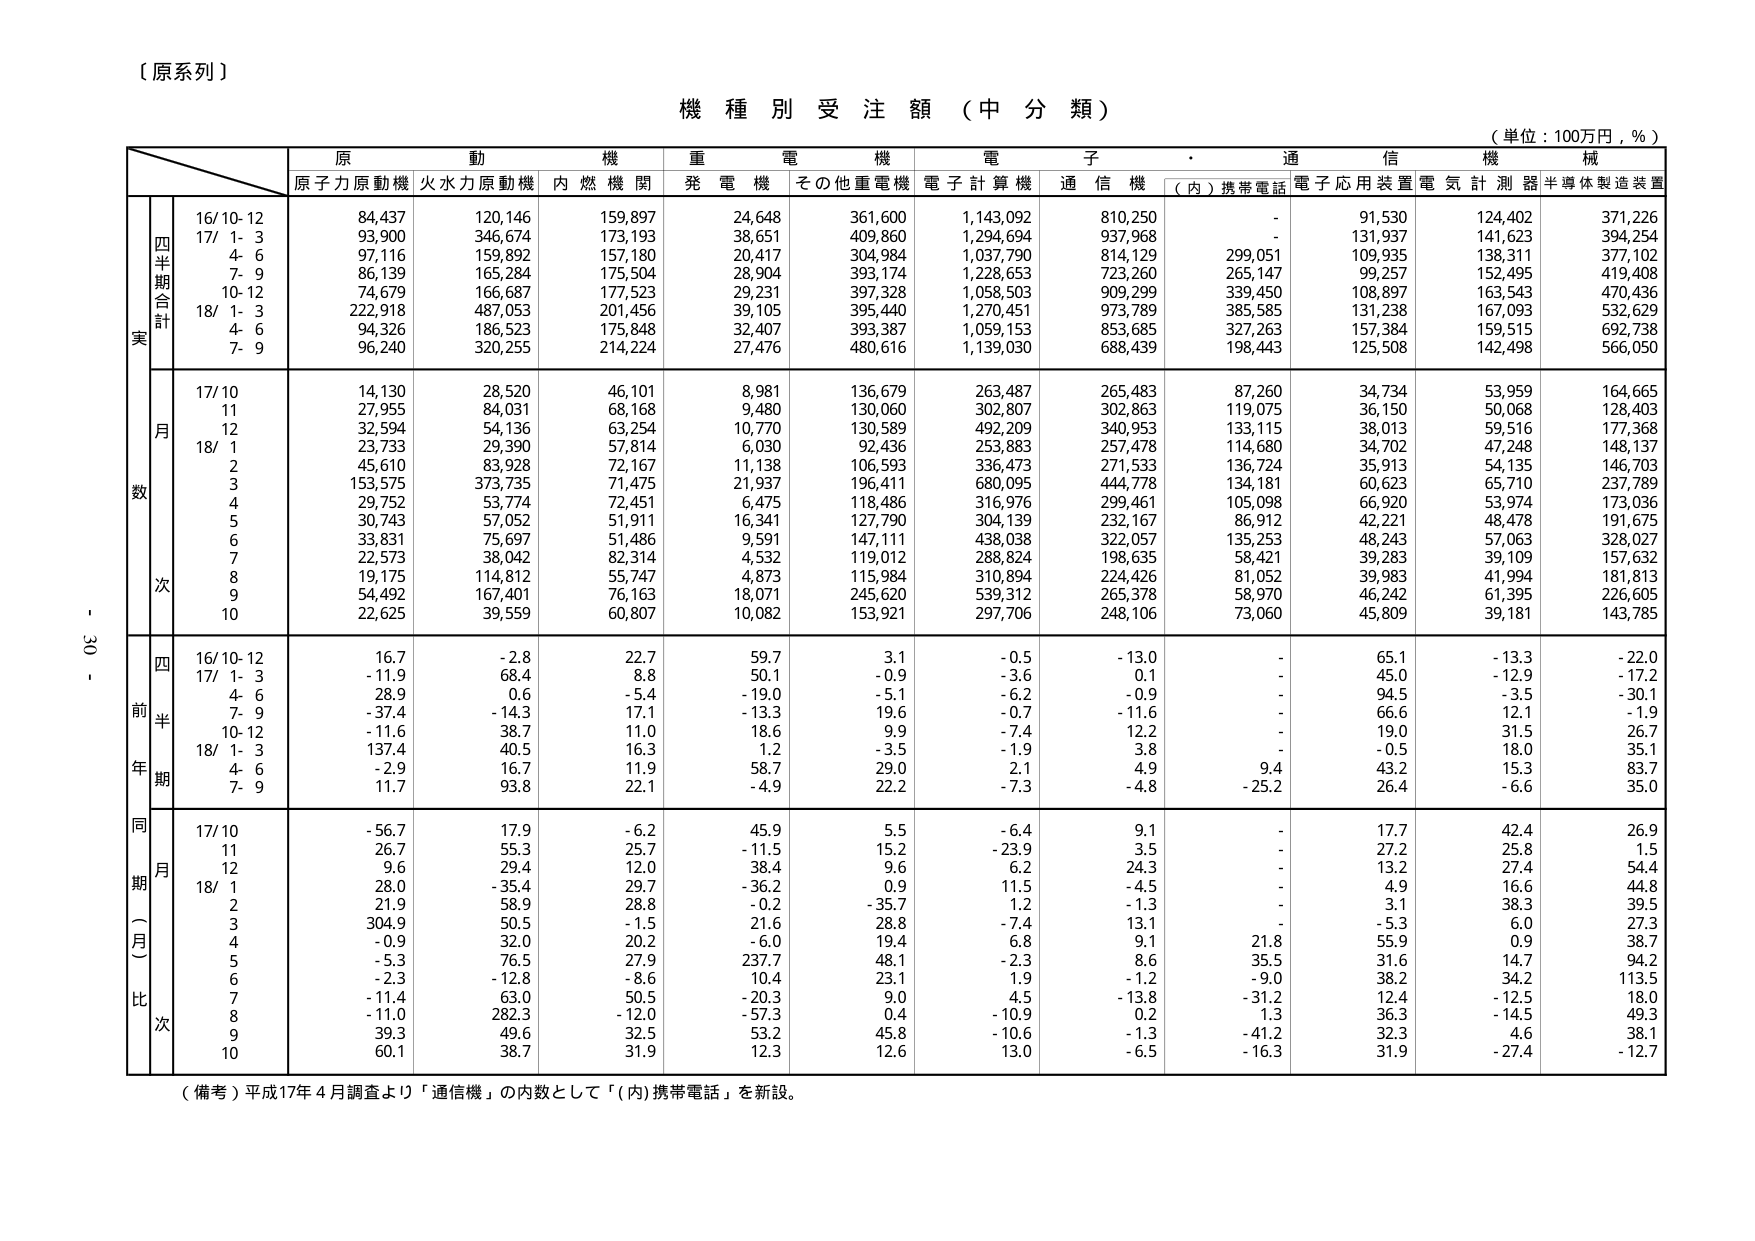
【原系列】

機種別受注額（中分類）

（単位：100万円，％）

原動機　重電機　電子・通信機械
原子力原動機　火力原動機　内燃機関　発電機　その他重電機　電子計算機　通信機　（内）携帯電話　電子応用装置　電気計測器　半導体製造装置

四半期合計
実
16/10-12　84,437　120,146　159,897　24,648　361,600　1,143,092　810,250　-　91,530　124,402　371,226
17/1-3　93,900　346,674　173,193　38,651　409,860　1,294,694　937,968　-　131,937　141,623　394,254
4-6　97,116　159,892　157,180　20,417　304,984　1,037,790　814,129　299,051　109,935　138,311　377,102
7-9　86,139　165,284　175,504　28,904　393,174　1,228,653　723,260　265,147　99,257　152,495　419,408
10-12　74,679　166,687　177,523　29,231　397,328　1,058,503　909,299　339,450　108,897　163,543　470,436
18/1-3　222,918　487,053　201,456　39,105　395,440　1,270,451　973,789　385,585　131,238　167,093　532,629
4-6　94,326　186,523　175,848　32,407　393,387　1,059,153　853,685　327,263　157,384　159,515　692,738
7-9　96,240　320,255　214,224　27,476　480,616　1,139,030　688,439　198,443　125,508　142,498　566,050

月数
17/10　14,130　28,520　46,101　8,981　136,679　263,487　265,483　87,260　34,734　53,959　164,665
11　27,955　84,031　68,168　9,480　130,060　302,807　302,863　119,075　36,150　50,068　128,403
12　32,594　54,136　63,254　10,770　130,589　492,209　340,953　133,115　38,013　59,516　177,368
18/1　23,733　29,390　57,814　6,030　92,436　253,883　257,478　114,680　34,702　47,248　148,137
2　45,610　83,928　72,167　11,138　106,593　336,473　271,533　136,724　35,913　54,135　146,703
3　153,575　373,735　71,475　21,937　196,411　680,095　444,778　134,181　60,623　65,710　237,789
4　29,752　53,774　72,451　6,475　118,486　316,976　299,461　105,098　66,920　53,974　173,036
5　30,743　57,052　51,911　16,341　127,790　304,139　232,167　86,912　42,221　48,478　191,675
6　33,831　75,697　51,486　9,591　147,111　438,038　322,057　135,253　48,243　57,063　328,027
7　22,573　38,042　82,314　4,532　119,012　288,824　198,635　58,421　39,283　39,109　157,632
8　19,175　114,812　55,747　4,873　115,984　310,894　224,426　81,052　39,983　41,994　181,813
9　54,492　167,401　76,163　18,071　245,620　539,312　265,378　58,970　46,242　61,395　226,605
10　22,625　39,559　60,807　10,082　153,921　297,706　248,106　73,060　45,809　39,181　143,785

前年同期
四半期
16/10-12　16.7　-2.8　22.7　59.7　3.1　-0.5　-13.0　-　65.1　-13.3　-22.0
17/1-3　-11.9　68.4　8.8　50.1　-0.9　-3.6　0.1　-　45.0　-12.9　-17.2
4-6　28.9　0.6　-5.4　-19.0　-5.1　-6.2　-0.9　-　94.5　-3.5　-30.1
7-9　-37.4　-14.3　17.1　-13.3　19.6　-0.7　-11.6　-　66.6　12.1　-1.9
10-12　-11.6　38.7　11.0　18.6　9.9　-7.4　12.2　-　19.0　31.5　26.7
18/1-3　137.4　40.5　16.3　1.2　-3.5　-1.9　3.8　-　-0.5　18.0　35.1
4-6　-2.9　16.7　11.9　58.7　29.0　2.1　4.9　9.4　43.2　15.3　83.7
7-9　11.7　93.8　22.1　-4.9　22.2　-7.3　-4.8　-25.2　26.4　-6.6　35.0

同期（月）比
17/10　-56.7　17.9　-6.2　45.9　5.5　-6.4　9.1　-　17.7　42.4　26.9
11　26.7　55.3　25.7　-11.5　15.2　-23.9　3.5　-　27.2　25.8　1.5
12　9.6　29.4　12.0　38.4　9.6　6.2　24.3　-　13.2　27.4　54.4
18/1　28.0　-35.4　29.7　-36.2　0.9　11.5　-4.5　-　4.9　16.6　44.8
2　21.9　58.9　28.8　-0.2　-35.7　1.2　-1.3　-　3.1　38.3　39.5
3　304.9　50.5　-1.5　21.6　28.8　-7.4　13.1　-　-5.3　6.0　27.3
4　-0.9　32.0　20.2　-6.0　19.4　6.8　9.1　21.8　55.9　0.9　38.7
5　-5.3　76.5　27.9　237.7　48.1　-2.3　8.6　35.5　31.6　14.7　94.2
6　-2.3　-12.8　-8.6　10.4　23.1　1.9　-1.2　-9.0　38.2　34.2　113.5
7　-11.4　63.0　50.5　-20.3　9.0　4.5　-13.8　-31.2　12.4　-12.5　18.0
8　-11.0　282.3　-12.0　-57.3　0.4　-10.9　0.2　1.3　36.3　-14.5　49.3
9　39.3　49.6　32.5　53.2　45.8　-10.6　-1.3　-41.2　32.3　4.6　38.1
10　60.1　38.7　31.9　12.3　12.6　13.0　-6.5　-16.3　31.9　-27.4　-12.7

（備考）平成17年4月調査より「通信機」の内数として「（内）携帯電話」を新設。